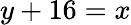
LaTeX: y+16=x